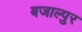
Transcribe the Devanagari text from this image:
बजाल्पुर